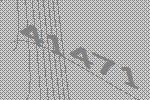
41471